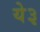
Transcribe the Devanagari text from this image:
ये३